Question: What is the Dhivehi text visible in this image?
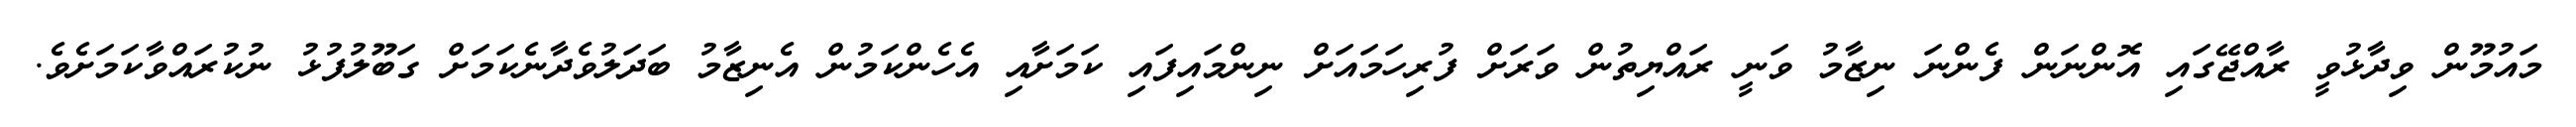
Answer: މައުމޫން ވިދާޅުވީ ރާއްޖޭގައި އޮންނަން ފެންނަ ނިޒާމު ވަނީ ރައްޔިތުން ވަރަށް ފުރިހަމައަށް ނިންމައިފައި ކަމަށާއި އެހެންކަމުން އެނިޒާމު ބަދަލުވެދާނެކަމަށް ގަބޫލުފުޅު ނުކުރައްވާކަމަށެވެ.